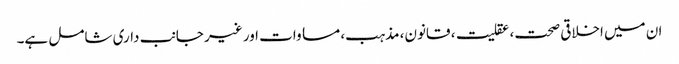
ان میں اخلاقی صحت، عقلیت، قانون، مذہب، مساوات اور غیر جانب داری شامل ہے۔